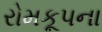
રોમકૂપના